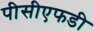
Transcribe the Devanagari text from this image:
पीसीएफडी